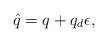
LaTeX: \begin{align*} \hat q = q + q_d\epsilon,\end{align*}